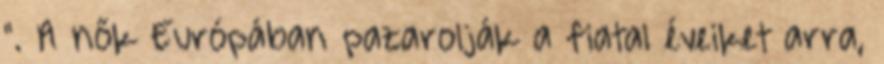
". A nők Európában pazarolják a fiatal éveiket arra,